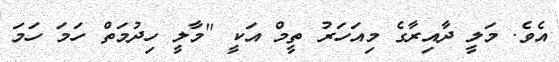
އެވެ. މަލީ ދާއިރާގެ މިއަހަރު ތީމް އަކީ "މާލީ ހިދުމަތް ހަމަ ހަމަ